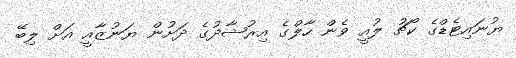
ޔުނައިޓެޑްގެ ކޯޗު ލުއީ ވެން ހާލްގެ އިރުޝާދުގެ ދަށުން ޔަނުޒާއީ އަށް ލިބޭ